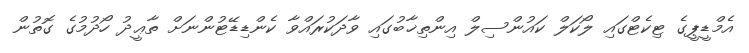
އެމްޑީޕީގެ ޓިކެޓްގައި ލޯކަލް ކައުންސިލް އިންތިޚާބުގައި ވާދަކުރައްވާ ކެންޑިޑޭޓުންނަށް ތާޢީދު ހޯދުމުގެ ގޮތުން